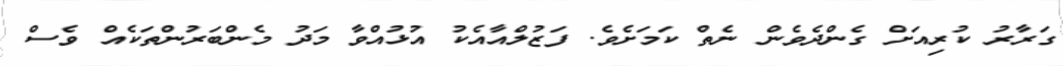
ގަރާރު ކުރިއަށް ގެންދެވެން ނެތް ކަމަށެވެ. ފަޒުލްއާއެކު އުޅުއްވާ މަދު މެންބަރުންތަކެއް ވެސް